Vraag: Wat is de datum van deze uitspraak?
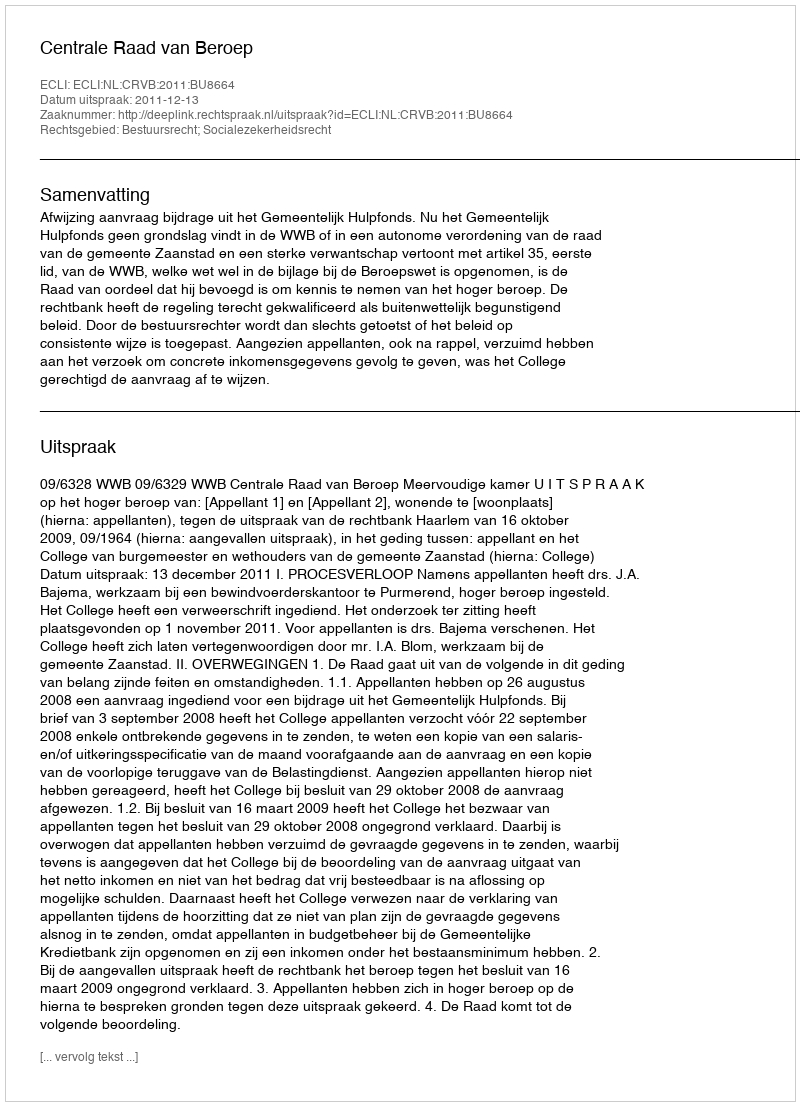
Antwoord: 2011-12-13